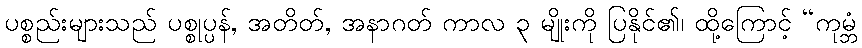
ပစ္စည်းများသည် ပစ္စုပ္ပန်, အတိတ်, အနာဂတ် ကာလ ၃ မျိုးကို ပြနိုင်၏၊ ထို့ကြောင့် “ကုမ္ဘံ